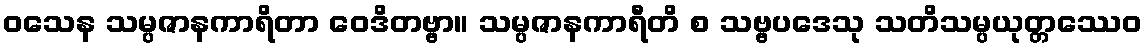
ဝသေန သမ္ပဇာနကာရိတာ ဝေဒိတဗ္ဗာ။ သမ္ပဇာနကာရီတိ စ သဗ္ဗပဒေသု သတိသမ္ပယုတ္တဿေဝ